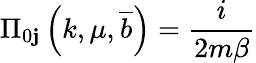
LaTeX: \Pi_{0\mathbf{j}}\left(k,\mu,\overline{{{{b}}}}\right)=\frac{{i}}{{2m\beta}}